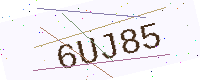
Text: 6UJ85